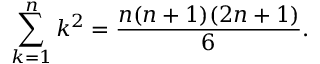
\sum _ { k = 1 } ^ { n } k ^ { 2 } = \frac { n ( n + 1 ) ( 2 n + 1 ) } { 6 } .